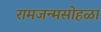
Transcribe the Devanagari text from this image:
रामजन्मसोहळा